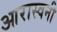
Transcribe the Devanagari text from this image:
आरास्वनी